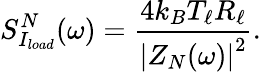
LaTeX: S_{I_{load}}^{N}(\omega)=\frac{4k_{B}T_{\ell}R_{\ell}}{\left|Z_{N}(\omega)\right|^{2}}.